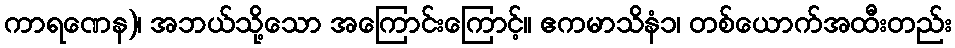
ကာရဏေန)၊ အဘယ်သို့သော အကြောင်းကြောင့်။ ဧကမာသိနံ၁၊ တစ်ယောက်အထီးတည်း